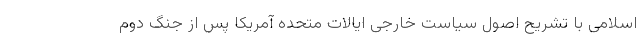
اسلامی با تشریح اصول سیاست خارجی ایالات متحده آمریکا پس از جنگ دوم